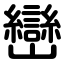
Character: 巒